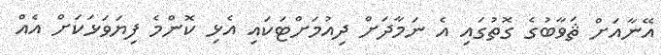
އޭނާއަށް ޘަވާބުގެ ގޮތުގައި އެ ނަމާދަށް ދިއުމަށްޓަކައި އެޅި ކޮންމެ ފިޔަވަޅަކަށް އެއް